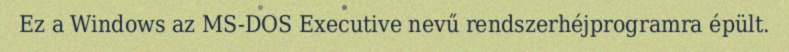
Ez a Windows az MS-DOS Executive nevű rendszerhéjprogramra épült.